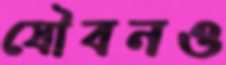
যৌবনও